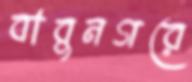
বাবুনগরে